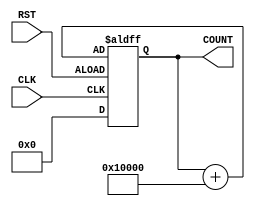
`timescale 1ns / 1ps
//////////////////////////////////////////////////////////////////////////////////
// Company: 
// Engineer: 
// 
// Design Name: 
// Module Name: counter_fixed_num
// Project Name: 
// Target Devices: 
// Tool Versions: 
// Description: 
// 
// Dependencies: 
// 
// Revision:
// Revision 0.01 - File Created
// Additional Comments:
// 
//////////////////////////////////////////////////////////////////////////////////

//
//  counter_fixed_num( .CLK(), .RST(), .COUNT() );
//
module counter_fixed_num( CLK, RST, COUNT);
    parameter n = 32;
    input CLK, RST;
    output reg [n-1:0] COUNT;
    
    always@(posedge CLK, negedge RST)
        begin
            if (RST)
               COUNT <= 32'b0000000000000000_0000000000000000;
            else
               COUNT <= COUNT + 32'b0000000000000001_0000000000000000;
        
        end
    
endmodule